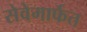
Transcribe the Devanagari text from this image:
सेवेमार्फत